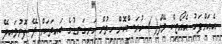
އެއަށްފަހު އެއޯޓިކް ވޭލް( ) ހުރަސްކޮށް ހިތުން ހަށިގަނޑުގެ ބައިތަކަށް ލޭ ފޮނުވައިދޭ